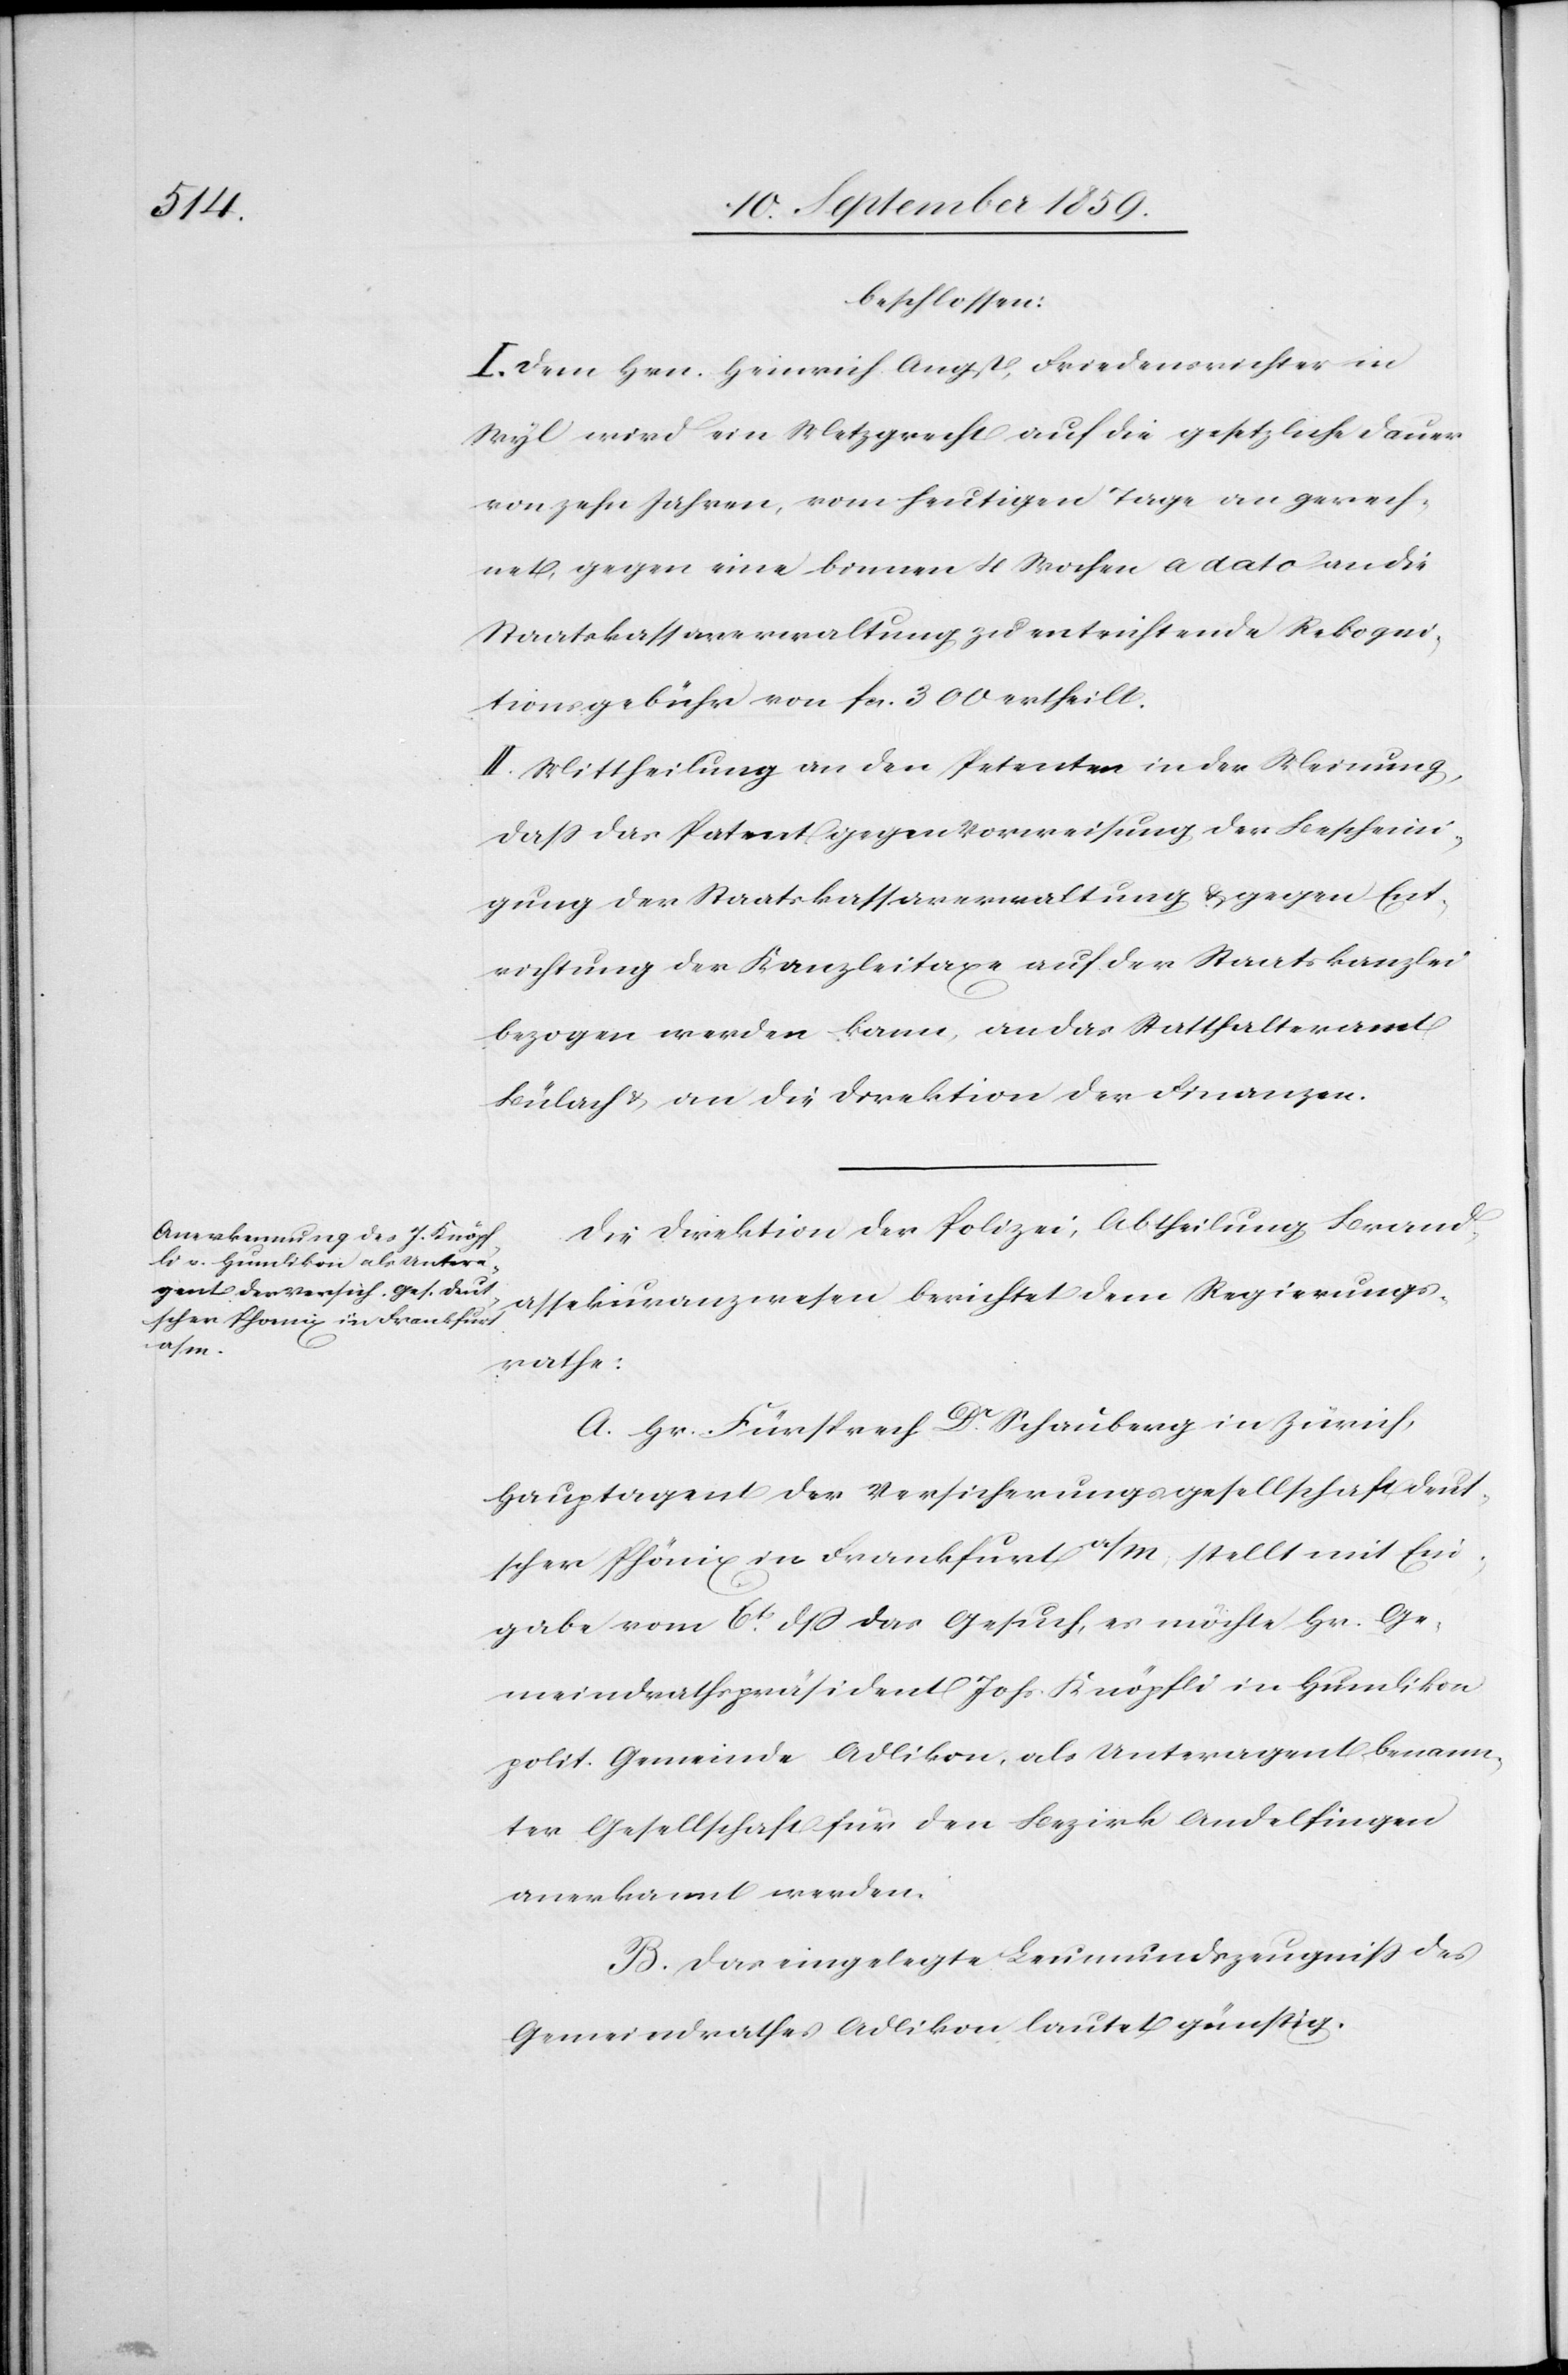
beschlossen:
I. Dem Hrn. Heinrich Angst, Friedensrichter in
Wyl wird ein Metzgrecht auf die gesetzliche Dauer
von zehn Jahren, vom heutigen Tage an gerech¬
net, gegen eine binnen 4 Wochen à dato an die
Staatskassaverwaltung zu entrichtende Rekogni¬
tionsgebühr von fcs. 300 ertheilt.
II. Mittheilung an den Petenten in der Meinung,
daß das Patent gegen Vorweisung der Bescheini¬
gung der Staatskassaverwaltung & gegen Ent¬
richtung der Kanzleitaxe auf der Staatskanzlei
bezogen werden kann, an das Statthalteramt
Bülach & an die Direktion der Finanzen.
Die Direktion der Polizei, Abtheilung Brand¬
assekuranzwesen berichtet dem Regierungs¬
rathe:
A. Hr. Fürsprech Dr. Schauberg in Zürich,
Hauptagent der Versicherungsgesellschaft deut¬
scher Phönix in Frankfurt a/M, stellt mit Ein¬
gabe vom 6t. dß das Gesuch, es möchte Hr. Ge¬
meindrathspräsident Johs. Knöpfli in Humlikon
polit. Gemeinde Adlikon, als Unteragent benann¬
ter Gesellschaft für den Bezirk Andelfingen
anerkannt werden.
B. Das eingelegte Leumundszeugniß des
Gemeindrathes Adlikon lautet günstig.